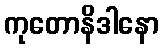
ကုတောနိဒါနော